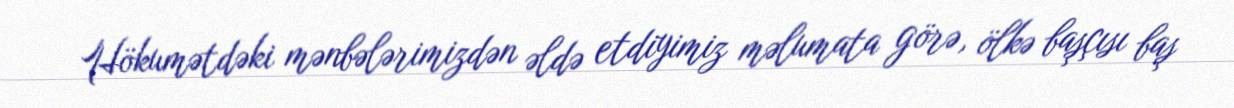
Hökumətdəki mənbələrimizdən əldə etdiyimiz məlumata görə, ölkə başçısı baş